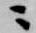
ニ